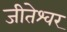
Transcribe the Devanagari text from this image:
जीतेश्वर